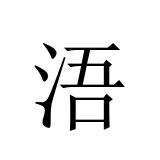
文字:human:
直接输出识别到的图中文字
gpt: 浯